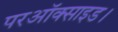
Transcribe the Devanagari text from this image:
परऑक्साइड।